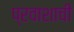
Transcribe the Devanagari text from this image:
प्रवाशाची